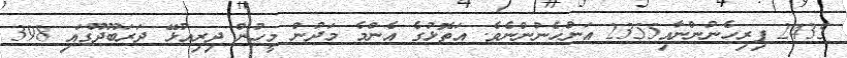
2435 ފިރިހެނުންނާއި2355 އަންހެނުންނެވެ. އަތޮޅުގެ އެންމެ މަދުން މީހުން ދިރިއުޅޭ ދަރަބޫދޫގައި 398